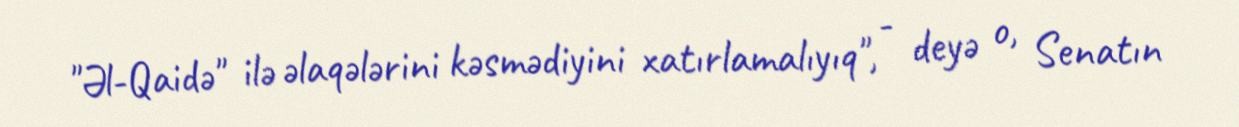
"Əl-Qaidə" ilə əlaqələrini kəsmədiyini xatırlamalıyıq", - deyə o, Senatın